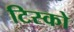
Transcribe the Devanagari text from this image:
टिस्‍को